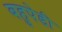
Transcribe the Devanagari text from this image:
बहुपेडी